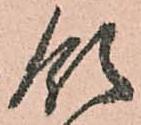
領